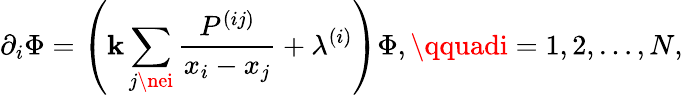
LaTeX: \partial_{i}\Phi=\left(\mathbf{k}\sum_{j\nei}\frac{{P^{(ij)}}}{{x_{i}-x_{j}}}+\lambda^{(i)}\right)\Phi,\qquadi=1,2,\ldots,N,